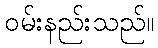
ဝမ်းနည်းသည်။